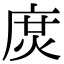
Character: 𢉙